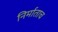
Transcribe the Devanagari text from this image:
निर्माताच